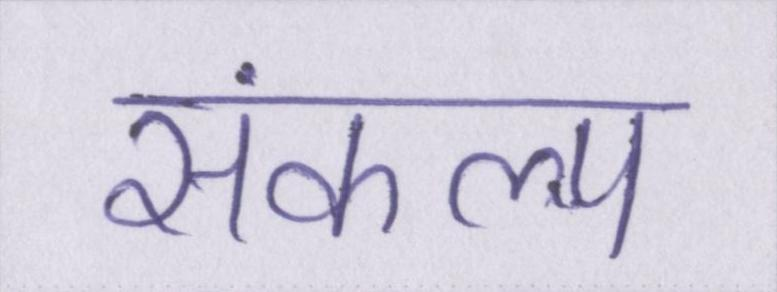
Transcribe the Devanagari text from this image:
संकल्प